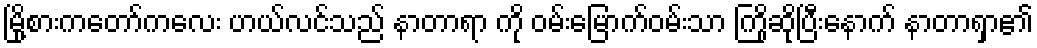
မြို့စားကတော်ကလေး ဟယ်လင်သည် နာတာရာ ကို ဝမ်းမြောက်ဝမ်းသာ ကြိုဆိုပြီးနောက် နာတာရှာ၏